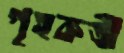
গৃহকত্রী